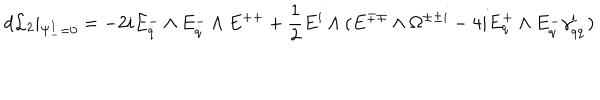
d { \cal L } _ { 2 } \vert _ { \Psi _ { - } ^ { I } = 0 } = - 2 i E _ { \dot { q } } ^ { - } \wedge E _ { \dot { q } } ^ { - } \wedge E ^ { + + } + { \frac { 1 } { 2 } } E ^ { i } \wedge ( E ^ { \mp \mp } \wedge \Omega ^ { \pm \pm i } - 4 i E _ { q } ^ { + } \wedge E _ { \dot { q } } ^ { - } \gamma _ { q \dot { q } } ^ { i } )